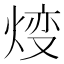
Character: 𤊰